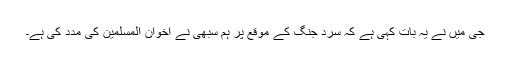
جى میں نے یہ بات کہى ہے کہ سرد جنگ کے موقع پر ہم سبهى نے اخوان المسلمین کى مدد کى ہے۔